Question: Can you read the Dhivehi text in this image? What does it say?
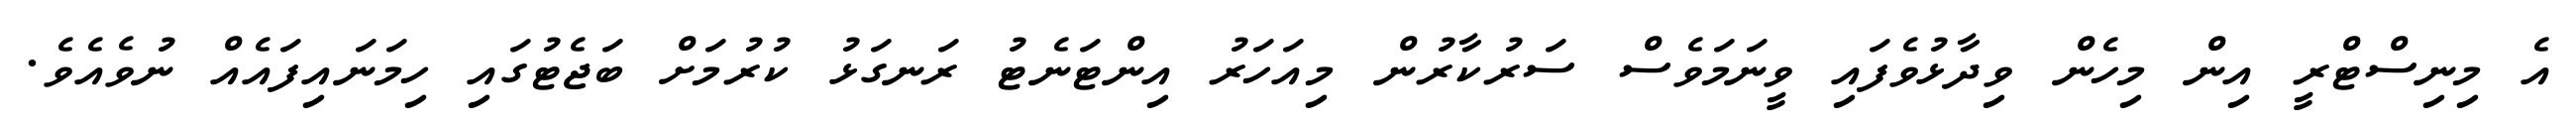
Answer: އެ މިނިސްޓްރީ އިން މިހެން ވިދާޅުވެފައި ވީނަމަވެސް ސަރުކާރުން މިއަހަރު އިންޓަނެޓު ރަނގަޅު ކުރުމަށް ބަޖެޓުގައި ހިމަނައިފައެއް ނުވެއެވެ.